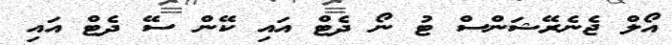
އޯލް ޖެނެރޭޝަންސް ޓު ނޯ ދެޓް އައި ކޭން ސޭ ދެޓް އައި